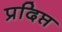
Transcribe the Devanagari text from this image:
प्रदिप्त